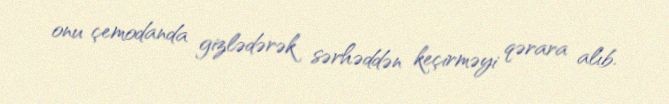
onu çemodanda gizlədərək sərhəddən keçirməyi qərara alıb.